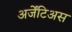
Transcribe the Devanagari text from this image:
अर्जेंटिअस